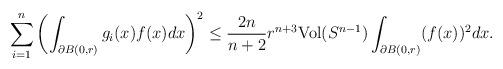
LaTeX: \begin{align*}\sum_{i=1}^{n}\left(\int_{\partial B(0,r)}g_{i}(x)f(x)dx\right)^{2}\leq\frac{2n}{n+2}r^{n+3}\mathrm{Vol}(S^{n-1})\int_{\partial B(0,r)}(f(x))^{2}dx.\end{align*}